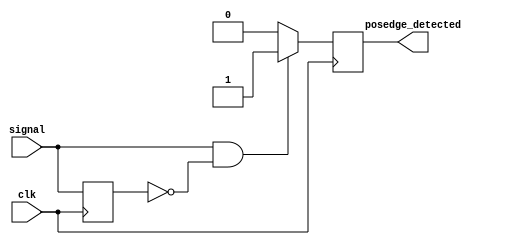
module posedge_detector (
    input wire clk,              // Clock input
    input wire signal,           // Input signal to detect rising edge
    output reg posedge_detected   // Output pulse for rising edge detection
);

reg previous_signal;            // Register to store the previous state of the input signal

always @(posedge clk) begin
    // Detect rising edge
    if (signal && !previous_signal) begin
        posedge_detected <= 1'b1; // Generate output pulse
    end else begin
        posedge_detected <= 1'b0; // Reset output pulse
    end
    
    // Update previous signal state
    previous_signal <= signal;     // Store the current signal for the next cycle
end

endmodule